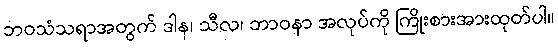
ဘဝသံသရာအတွက် ဒါန၊ သီလ၊ ဘာဝနာ အလုပ်ကို ကြိုးစားအားထုတ်ပါ။